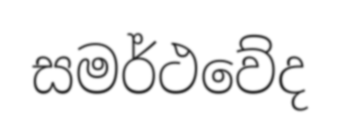
සමර්ථවේද